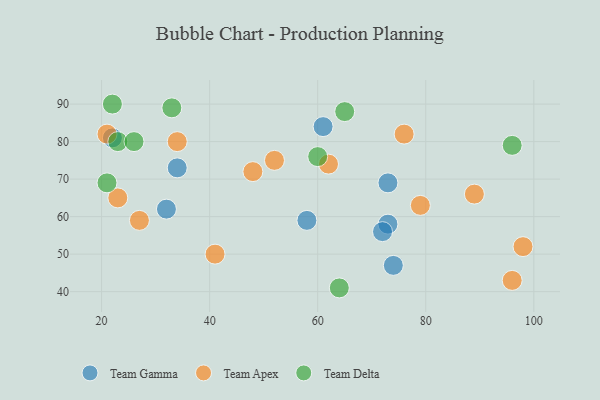
{"axis": {"x": "GDP", "y": "Life Expectancy"}, "legend": ["Team Apex", "Team Delta", "Team Gamma"], "data": [{"x": "22", "y": 81, "type": "Team Gamma"}, {"x": "34", "y": 73, "type": "Team Gamma"}, {"x": "73", "y": 69, "type": "Team Gamma"}, {"x": "58", "y": 59, "type": "Team Gamma"}, {"x": "73", "y": 58, "type": "Team Gamma"}, {"x": "72", "y": 56, "type": "Team Gamma"}, {"x": "32", "y": 62, "type": "Team Gamma"}, {"x": "61", "y": 84, "type": "Team Gamma"}, {"x": "74", "y": 47, "type": "Team Gamma"}, {"x": "79", "y": 63, "type": "Team Apex"}, {"x": "48", "y": 72, "type": "Team Apex"}, {"x": "62", "y": 74, "type": "Team Apex"}, {"x": "98", "y": 52, "type": "Team Apex"}, {"x": "96", "y": 43, "type": "Team Apex"}, {"x": "41", "y": 50, "type": "Team Apex"}, {"x": "23", "y": 65, "type": "Team Apex"}, {"x": "52", "y": 75, "type": "Team Apex"}, {"x": "27", "y": 59, "type": "Team Apex"}, {"x": "76", "y": 82, "type": "Team Apex"}, {"x": "34", "y": 80, "type": "Team Apex"}, {"x": "21", "y": 82, "type": "Team Apex"}, {"x": "89", "y": 66, "type": "Team Apex"}, {"x": "33", "y": 89, "type": "Team Delta"}, {"x": "64", "y": 41, "type": "Team Delta"}, {"x": "65", "y": 88, "type": "Team Delta"}, {"x": "60", "y": 76, "type": "Team Delta"}, {"x": "23", "y": 80, "type": "Team Delta"}, {"x": "96", "y": 79, "type": "Team Delta"}, {"x": "26", "y": 80, "type": "Team Delta"}, {"x": "21", "y": 69, "type": "Team Delta"}, {"x": "22", "y": 90, "type": "Team Delta"}]}